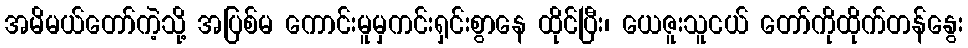
အမိမယ်တော်ကဲ့သို့ အပြစ်မ ကောင်းမူမှကင်းရှင်းစွာနေ ထိုင်ပြီး၊ ယေဇူးသူငယ် တော်ကိုထိုက်တန်နွေး